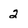
Character: 2